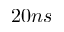
2 0 n s